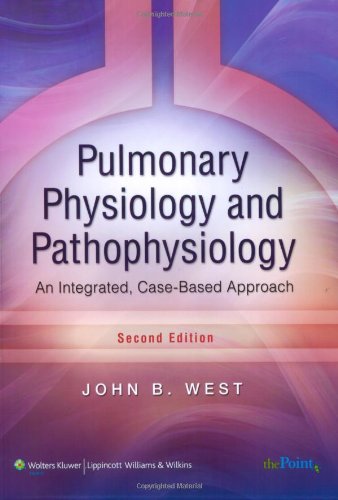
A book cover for Pulmonary Physiology and Pathophysiology: An Integrated, Case-Based Approach (Point (Lippincott Williams & Wilkins)); John B. West; Medical Books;